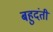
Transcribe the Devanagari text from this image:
बहुदंती